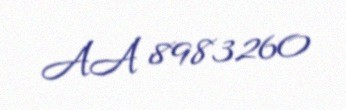
AA 8983260